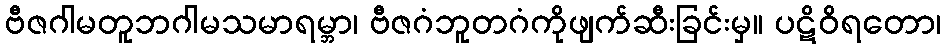
ဗီဇဂါမတူဘဂါမသမာရမ္ဘာ၊ ဗီဇဂံဘူတဂံကိုဖျက်ဆီးခြင်းမှ။ ပဋိဝိရတော၊